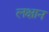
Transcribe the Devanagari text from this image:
लक्षान